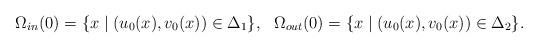
LaTeX: \begin{align*}\Omega_{in}(0)=\{x\mid (u_0(x),v_0(x))\in\Delta_1\},\ \ \Omega_{out}(0)=\{x\mid (u_0(x),v_0(x))\in\Delta_2\}.\end{align*}